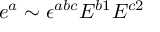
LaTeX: e ^ { a } \sim \epsilon ^ { a b c } E ^ { b 1 } E ^ { c 2 }